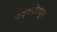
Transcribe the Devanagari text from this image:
नाट्यगीतांतून